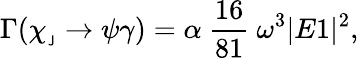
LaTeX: \Gamma(\chi_{_{\mathsf{J}}}\rightarrow\psi\gamma)=\alpha~\frac{{16}}{{81}}~\omega^{3}|E1|^{2},